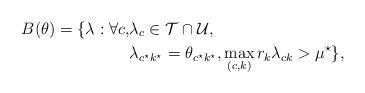
LaTeX: \begin{align*}B(\theta)=\{ \lambda:\forall c, & \lambda_c \in {\cal T}\cap {\cal U},\\& \lambda_{c^\star k^{\star}} = \theta_{c^\star k^{\star}}, \max_{(c,k)} r_k\lambda_{ck} > \mu^\star \},\end{align*}